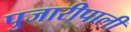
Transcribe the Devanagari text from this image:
पुजारीपाली